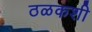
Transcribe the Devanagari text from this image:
ठळकशी